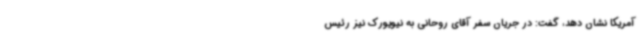
آمریکا نشان دهد، گفت: در جریان سفر آقای روحانی به نیویورک نیز رئیس